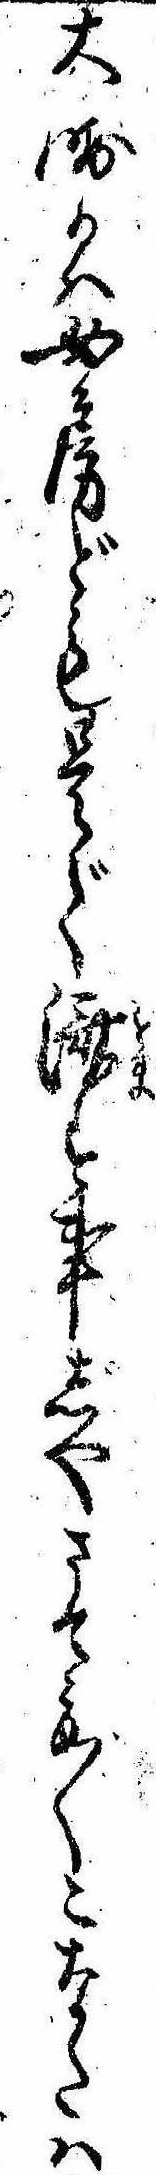
大晦日は女房ども是で済す事じやさても〱こなたは